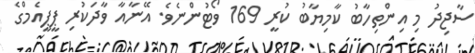
ސާޖިދު މި އިންތިހާބު ކާމިޔާބު ކުރީ 169 ވޯޓުންނެވެ. އޭނާއާ ވާދަކުރި ޕީޕީއެމްގެ